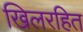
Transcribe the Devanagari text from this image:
खिलरहित